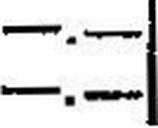
—.—